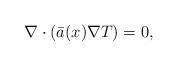
LaTeX: \begin{align*}\nabla \cdot (\bar{a} (x) \nabla T) = 0, \end{align*}